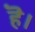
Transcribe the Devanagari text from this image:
हॆ।